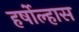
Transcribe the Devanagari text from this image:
हर्षोल्हास